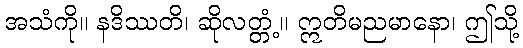
အသံကို။ နဒိဿတိ၊ ဆိုလတ္တံ့။ ဣတိမညမာနော၊ ဤသို့